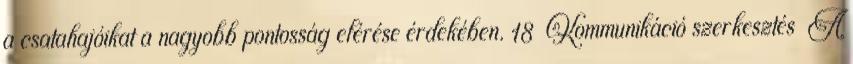
a csatahajóikat a nagyobb pontosság elérése érdekében. 18 Kommunikáció szerkesztés A